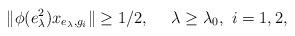
LaTeX: \begin{align*}\|\phi(e_\lambda^2)x_{e_\lambda,g_i}\|\geq 1/2,\ \ \ \ \lambda\geq\lambda_0,\ i=1,2,\end{align*}